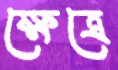
ক্ষেত্রে